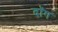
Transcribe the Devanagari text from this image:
दॉग